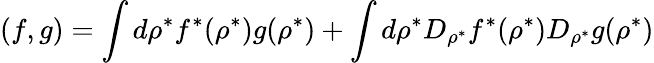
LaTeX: (f,g)=\int d\rho^{*}f^{*}(\rho^{*})g(\rho^{*})+\int d\rho^{*}D_{\rho^{*}}f^{*}(\rho^{*})D_{\rho^{*}}g(\rho^{*})